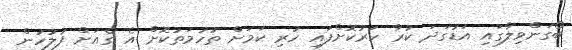
ބޯގަންވިލާގައި އަޑުގަދަ ކުރާ ހަރުކޮށްފައި ހުރި ކަމަށް ތުހުމަތުކޮށް އެ ގެއަށް ފުލުހުން